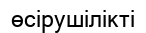
өсірушілікті